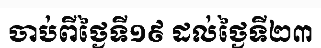
ចាប់ពីថ្ងៃទី១៩ ដល់ថ្ងៃទី២៣